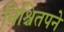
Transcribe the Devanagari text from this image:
निश्चितपने